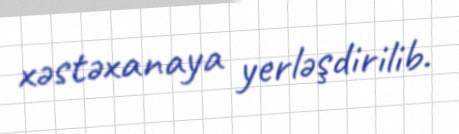
xəstəxanaya yerləşdirilib.